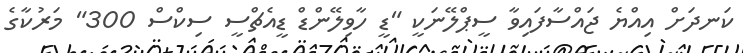
ކަނދަށް އިއްޔެ ޖައްސާފައިވާ ސީޕްލޭނަކީ "ޑީ ހާވިލޭންޑް ޑީއެޗްސީ ސިކްސް 300" މަރުކާގެ